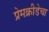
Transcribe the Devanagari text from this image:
प्रेमक्रीडेचा